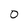
Character: O